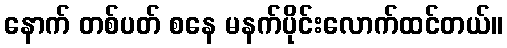
နောက် တစ်ပတ် စနေ မနက်ပိုင်းလောက်ထင်တယ်။